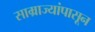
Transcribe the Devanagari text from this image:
साम्राज्यांपासून